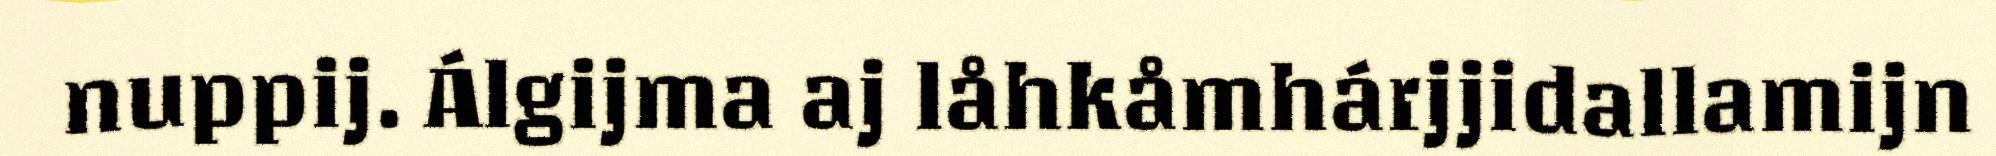
nuppij. Álgijma aj låhkåmhárjjidallamijn